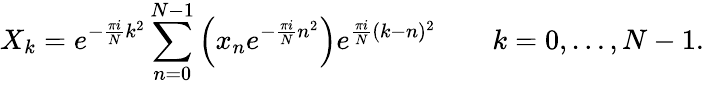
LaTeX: X_{k}=e^{-{\frac{\pi i}{N}}k^{2}}\sum_{n=0}^{N-1}\left(x_{n}e^{-{\frac{\pi i}{N}}n^{2}}\right)e^{{\frac{\pi i}{N}}(k-n)^{2}}\qquad k=0,\dots,N-1.